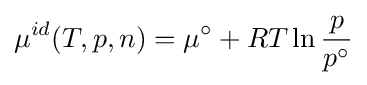
\mu ^{id}(T,p,n)=\mu ^{\circ }+RT\ln {\frac {p}{p^{\circ }}}